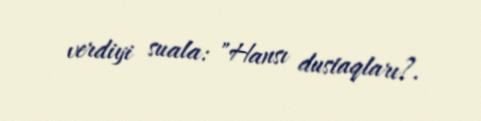
verdiyi suala: "Hansı dustaqları?.